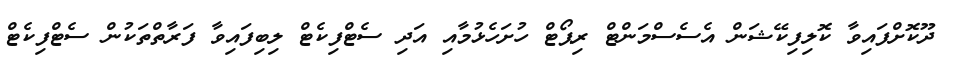
ދޫކޮށްފައިވާ ކޮލިފިކޭޝަން އެސެސްމަންޓް ރިޕޯޓް ހުށަހެޅުމާއި އަދި ސެޓްފިކެޓް ލިބިފައިވާ ފަރާތްތަކުން ސެޓްފިކެޓް